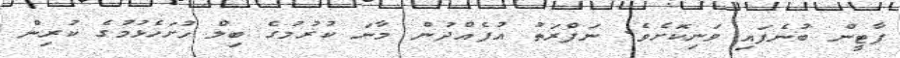
ޕާޓީން ބުނެފައި ވަނިކޮށެވެ. ނަފްރަތު އުފެއްދުން މާނަ ކުރުމުގެ ބިލް ހުށަހެޅުމުގެ ކުރިން